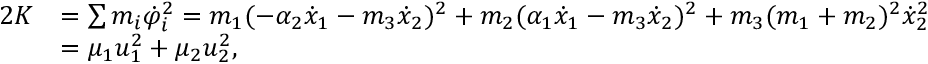
\begin{array} { r l } { 2 K } & { = \sum m _ { i } \dot { \varphi } _ { i } ^ { 2 } = m _ { 1 } ( - \alpha _ { 2 } \dot { x } _ { 1 } - m _ { 3 } \dot { x } _ { 2 } ) ^ { 2 } + m _ { 2 } ( \alpha _ { 1 } \dot { x } _ { 1 } - m _ { 3 } \dot { x } _ { 2 } ) ^ { 2 } + m _ { 3 } ( m _ { 1 } + m _ { 2 } ) ^ { 2 } \dot { x } _ { 2 } ^ { 2 } } \\ & { = \mu _ { 1 } u _ { 1 } ^ { 2 } + \mu _ { 2 } u _ { 2 } ^ { 2 } , } \end{array}